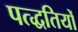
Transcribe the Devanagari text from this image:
पत्द्धतियों